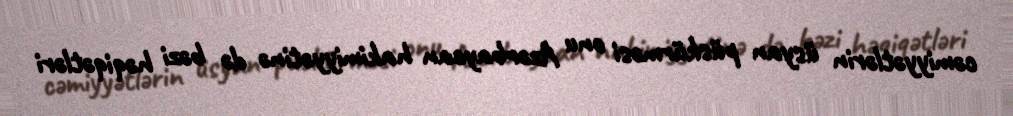
cəmiyyətlərin üsyan püskürməsi onu Azərbaycan hakimiyyətinə də bəzi həqiqətləri